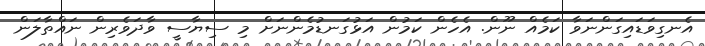
އެނގިވަޑައިގަންނަވާ ކަމެއް ނޫން. އެހެން ކަމުން އަޅުގަނޑުމެންނަށް މި ސިޔާސީ ވާދަވެރިން ނައްތާލަން